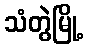
သံတွဲမြို့